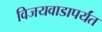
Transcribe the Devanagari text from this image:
विजयवाडापर्यंत